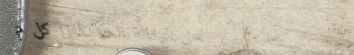
محل البقالة الحديثة: كل م